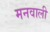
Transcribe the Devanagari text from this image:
मनवाली